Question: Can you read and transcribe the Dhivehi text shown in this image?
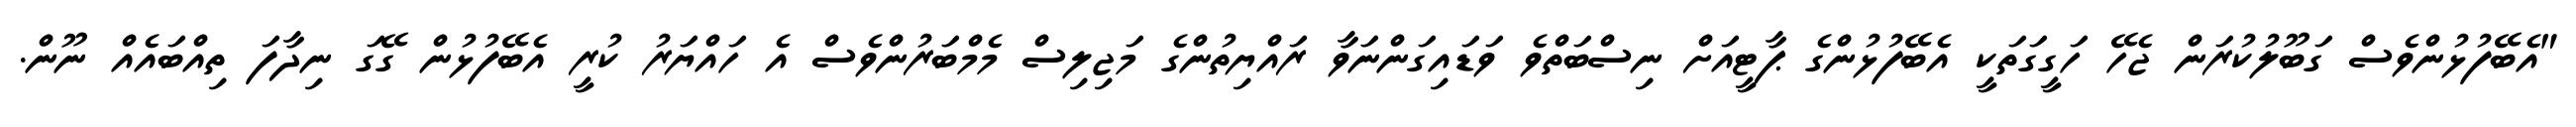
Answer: "އެބޭފުޅުންވެސް ގަބޫލުކުރަން ޖެހޭ ހަގީގަތަކީ އެބޭފުޅުންގެ ޕާޓީއަށް ނިސްބަތްވެ ވަޑައިގަންނަވާ ރައްޔިތުންގެ މަޖިލިސް މެމްބަރުންވެސް އެ ހައްޔަރު ކުރީ އެބޭފުޅުން ގޭގަ ނިދާފަ ތިއްބައެއް ނޫން.